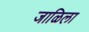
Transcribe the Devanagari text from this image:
जाळिला